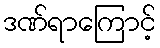
ဒဏ်ရာကြောင့်